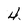
Character: 4